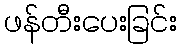
ဖန်တီးပေးခြင်း